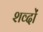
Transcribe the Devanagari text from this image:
शव्‍दों